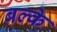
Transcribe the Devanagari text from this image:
बल्के